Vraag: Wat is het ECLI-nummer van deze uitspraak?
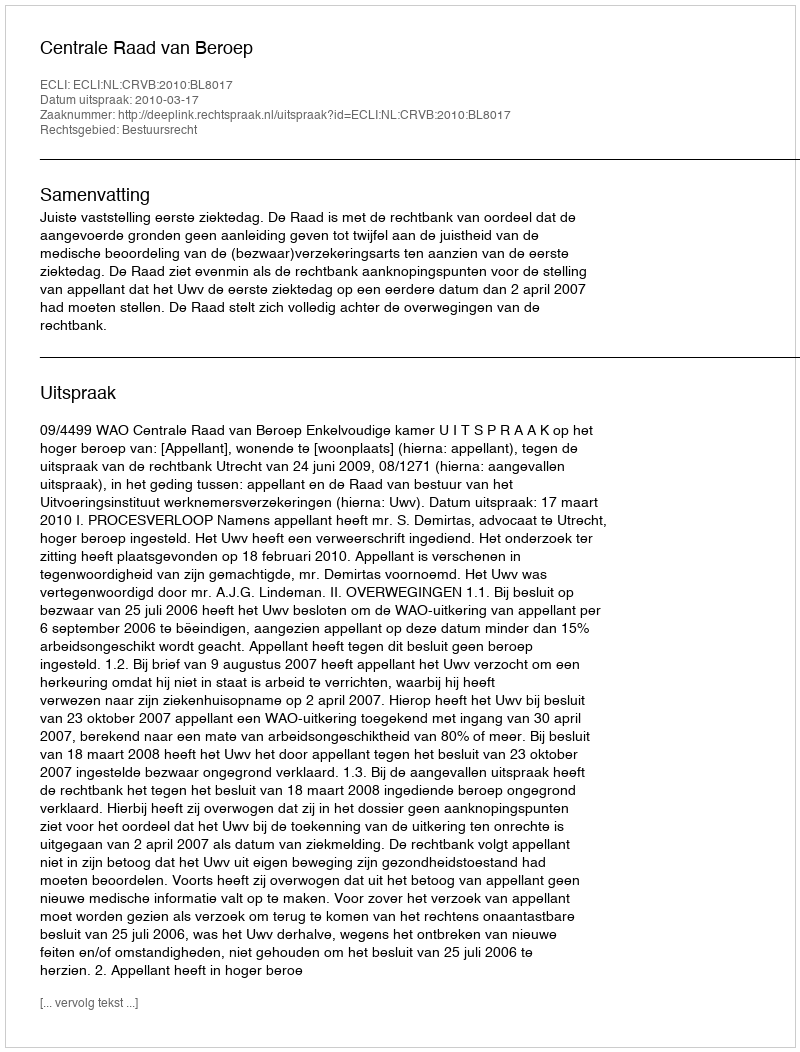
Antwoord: ECLI:NL:CRVB:2010:BL8017